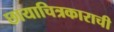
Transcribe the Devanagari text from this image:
छायाचित्रकाराची